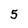
Character: 5